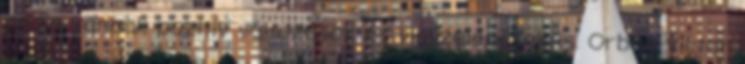
pedig vannak pozitív változások és visszalépések is. Orbán Viktor